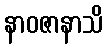
နာဝဇာနာသိ